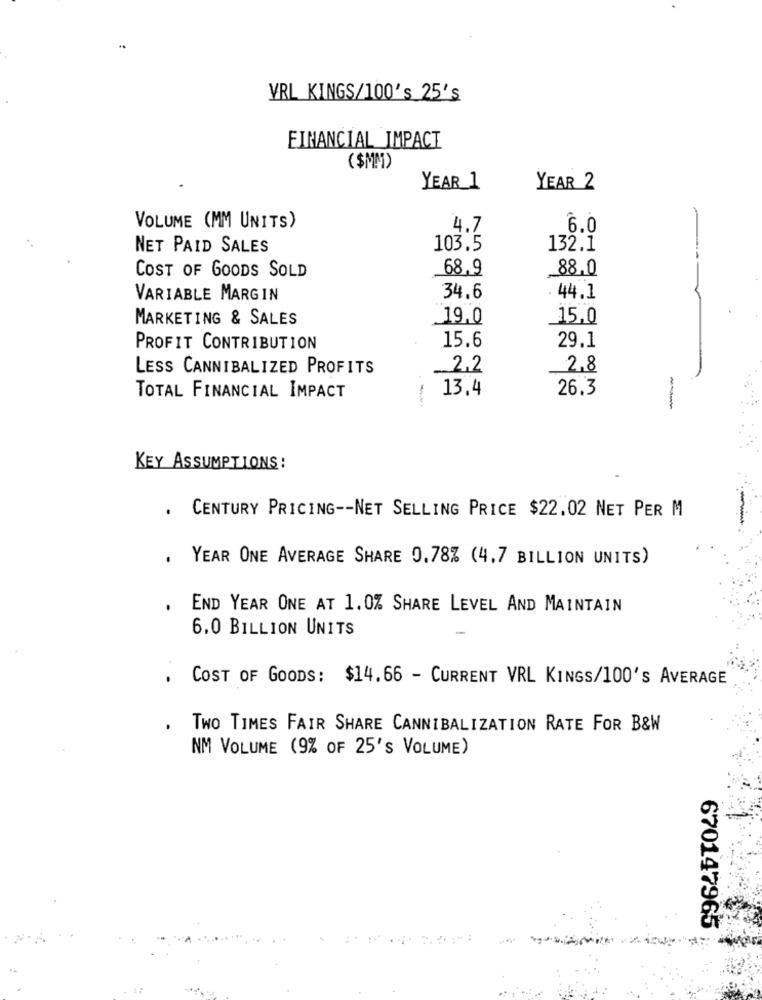
VRL KINGS/100's 25's
FINANCIAL IMPACT
($MM)
YEAR 1
YEAR 2
VOLUME (MM UNITS)
4.7
6.0
NET PAID SALES
103.5
132.1
COST OF GOODS SOLD
68.9
88,0
VARIABLE MARGIN
34.6
. 44.1
MARKETING & SALES
19.0
15,0
PROFIT CONTRIBUTION
15.6
29.1
LESS CANNIBALIZED PROFITS
__ 2.2
2.8
13.4
26.3
TOTAL FINANCIAL IMPACT
-
KEY ASSUMPTIONS :
. CENTURY PRICING -- NET SELLING PRICE $22.02 NET PER M
. YEAR ONE AVERAGE SHARE 0.78% (4.7 BILLION UNITS)
END YEAR ONE AT 1.0% SHARE LEVEL AND MAINTAIN
6.0 BILLION UNITS
COST OF GOODS: $14.66 - CURRENT VRL KINGS/100's AVERAGE
Two TIMES FAIR SHARE CANNIBALIZATION RATE FOR B&W
NM VOLUME (9% OF 25'S VOLUME)
670147965